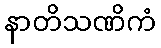
နာတိသဏိကံ